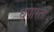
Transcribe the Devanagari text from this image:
धूपारती